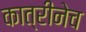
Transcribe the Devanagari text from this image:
कात्रीनेच